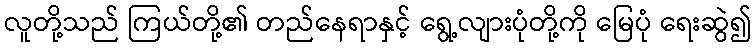
လူတို့သည် ကြယ်တို့၏ တည်နေရာနှင့် ရွေ့လျားပုံတို့ကို မြေပုံ ရေးဆွဲ၍